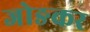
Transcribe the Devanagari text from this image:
जोङकर